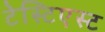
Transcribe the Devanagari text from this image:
टेस्टिएस्ट